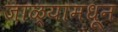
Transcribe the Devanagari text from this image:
जाळ्यामधून